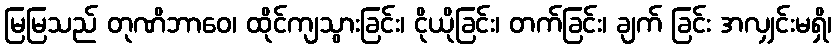
မြမြသည် တုဏိဘာဝေ၊ ထိုင်ကျသွားခြင်း၊ ငိုယိုခြင်း၊ တက်ခြင်း၊ ချက် ခြင်း အလျှင်းမရှိ၊